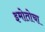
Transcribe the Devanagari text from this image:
इमोतोचा